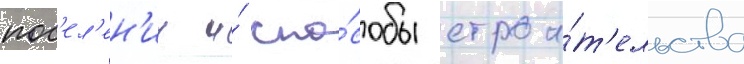
пос'ел'ен'ии и́ спо́собы строи́т'ельства